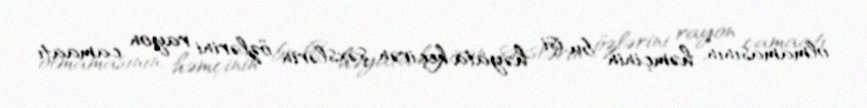
olmamasının, həmçinin bu işi həyata keçirən şəxslərin özlərini rayon camaatı